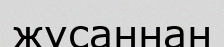
жусаннан